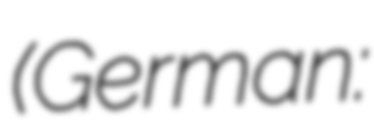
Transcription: (German: